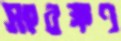
সংরক্ষণ